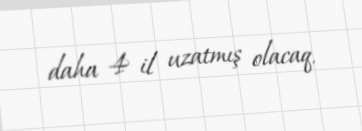
daha 4 il uzatmış olacaq.